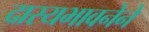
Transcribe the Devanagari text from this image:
दास्यभावनेने